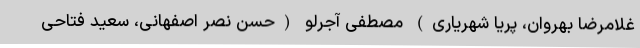
غلامرضا بهروان، پریا شهریاری) مصطفی آجرلو (حسن نصر اصفهانی، سعید فتاحی